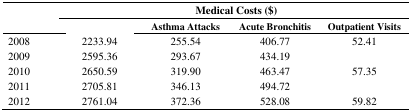
<table><thead><tr><td rowspan="2">[EMPTY_CELL]</td><td colspan="4"><b>Medical Costs ($)</b></td></tr><tr><td>[EMPTY_CELL]</td><td><b>Asthma Attacks</b></td><td><b>Acute Bronchitis</b></td><td><b>Outpatient Visits</b></td></tr></thead><tbody><tr><td>2008</td><td>2233.94</td><td>255.54</td><td>406.77</td><td>52.41</td></tr><tr><td>2009</td><td>2595.36</td><td>293.67</td><td>434.19</td><td>[EMPTY_CELL]</td></tr><tr><td>2010</td><td>2650.59</td><td>319.90</td><td>463.47</td><td>57.35</td></tr><tr><td>2011</td><td>2705.81</td><td>346.13</td><td>494.72</td><td>[EMPTY_CELL]</td></tr><tr><td>2012</td><td>2761.04</td><td>372.36</td><td>528.08</td><td>59.82</td></tr></tbody></table>